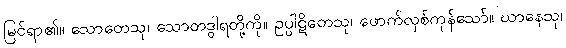
မြင်ရာ၏။ သောတေသု၊ သောတဒွါရတို့ကို။ ဥပ္ပါဋိတေသု၊ ဖောက်လှစ်ကုန်သော်။ ဃာနေသု၊